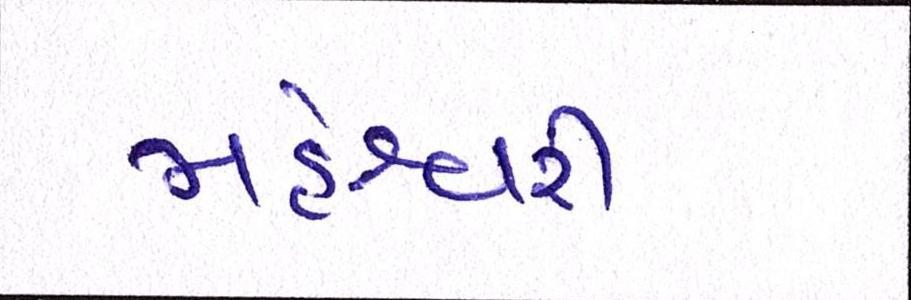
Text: મહેશ્વરી